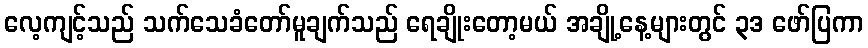
လေ့ကျင့်သည် သက်သေခံတော်မူချက်သည် ရေချိုးတော့မယ် အချို့နေ့များတွင် ၃ဒ ဖော်ပြကာ